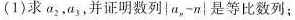
(1)求a_{2|，a_{3|，并证明数列|a_{n|-n|是等比数列；